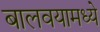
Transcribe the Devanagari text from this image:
बालवयामध्ये